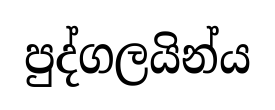
පුද්ගලයින්ය